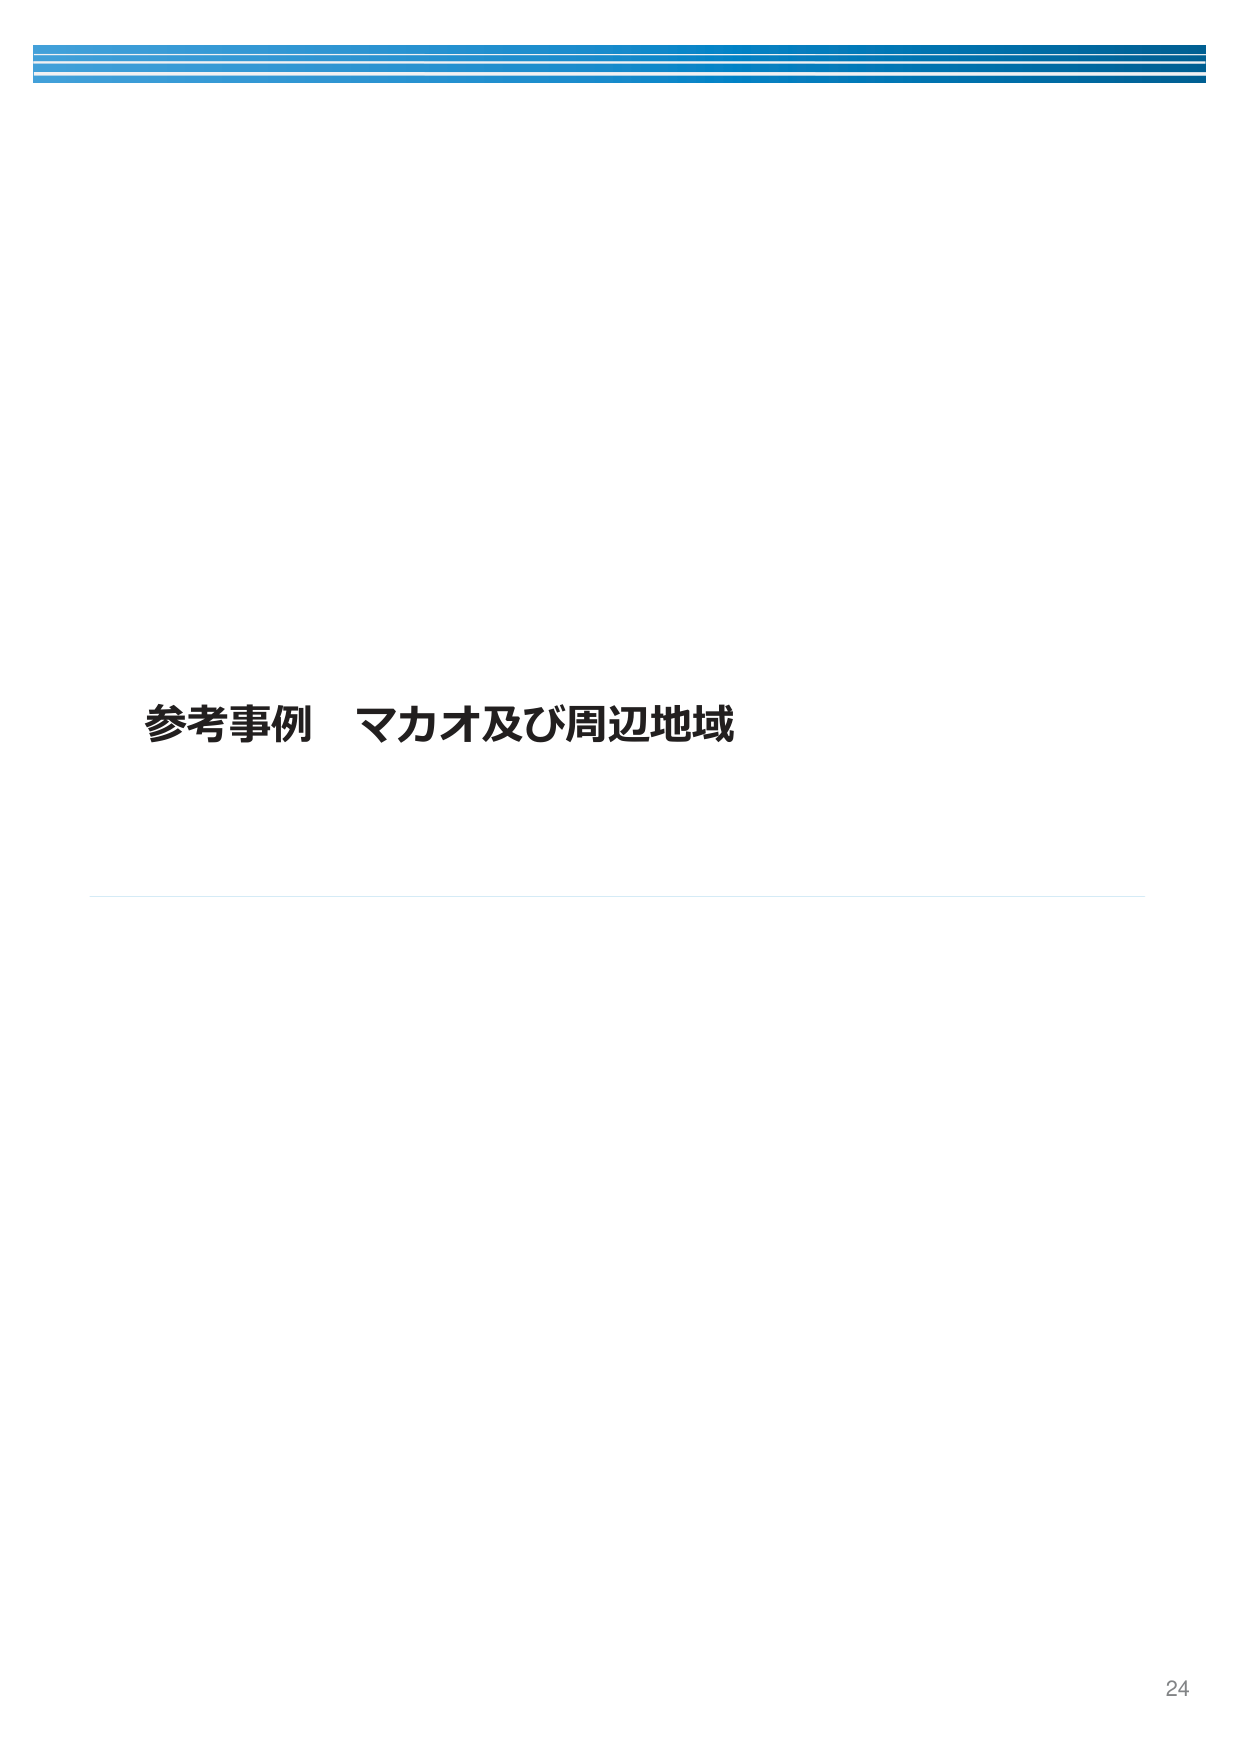
参考事例 マカオ及び周辺地域
24